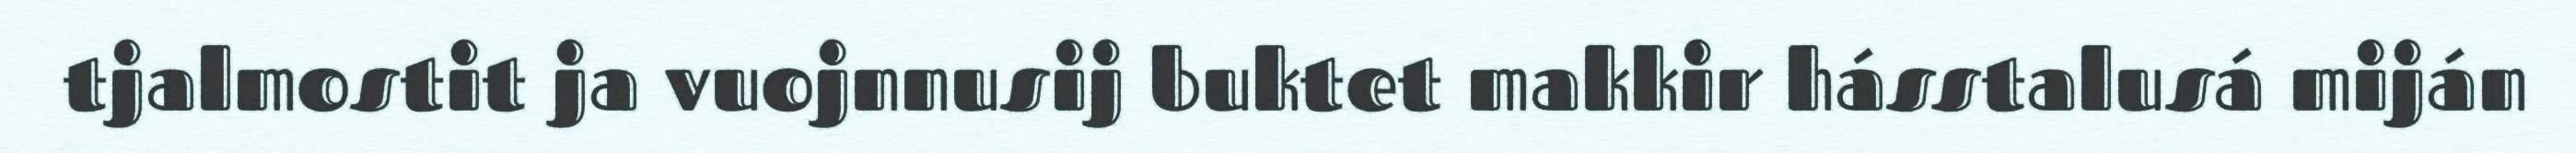
tjalmostit ja vuojnnusij buktet makkir hásstalusá miján